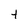
Character: t